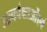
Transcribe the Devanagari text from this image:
आकांक्षाओंएवं